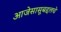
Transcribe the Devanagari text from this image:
आजेसासूबद्दलचे